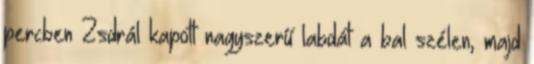
percben Zsdrál kapott nagyszerű labdát a bal szélen, majd